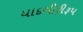
યાદગીરીરૂપ